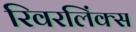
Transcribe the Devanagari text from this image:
रिवरलिंक्स